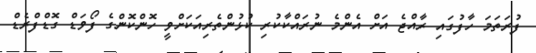
ފުރަތަމަ ހާފުގައި ރާއްޖެ އަށް އެންމެ ނުރައްކާކުރި ކުޅުންތެރިއަކަށްވީ ހޮންކޮންގެ ފޯވަޑް ގޮޑްފްރެޑް